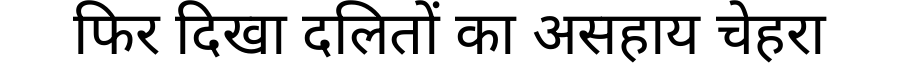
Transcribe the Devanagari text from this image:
फिर दिखा दलितों का असहाय चेहरा